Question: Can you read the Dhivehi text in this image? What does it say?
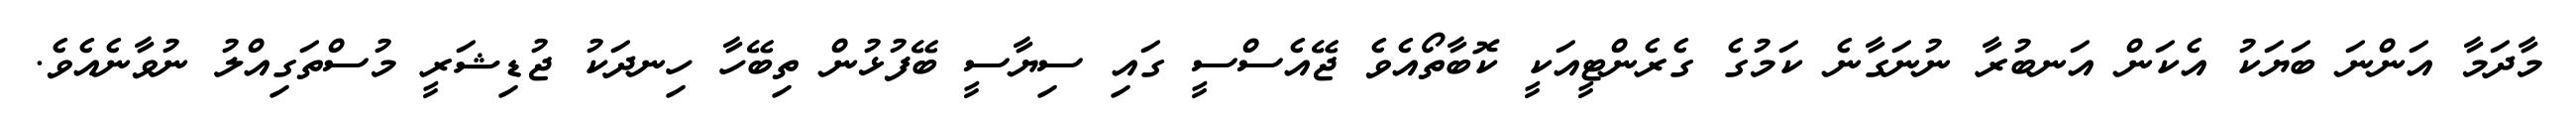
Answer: މާދަމާ އަންނަ ބަޔަކު އެކަން އަނބުރާ ނުނަގާނެ ކަމުގެ ގެރެންޓީއަކީ ކޮބާތޯއެވެ ޖޭއެސްސީ ގައި ސިޔާސީ ބޭފުޅުން ތިބޭހާ ހިނދަކު ޖުޑިޝަރީ މުސްތަގިއްލު ނުވާނެއެވެ.